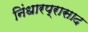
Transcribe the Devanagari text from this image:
निंधारप्रासाद